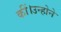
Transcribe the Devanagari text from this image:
कीं।उन्होने